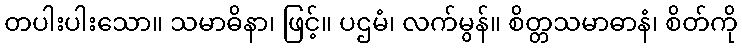
တပါးပါးသော။ သမာဓိနာ၊ ဖြင့်။ ပဌမံ၊ လက်မွန်။ စိတ္တသမာဓာနံ၊ စိတ်ကို